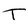
Character: T